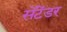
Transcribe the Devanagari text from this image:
सेंटेंडर